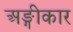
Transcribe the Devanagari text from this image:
अङ्गीकार